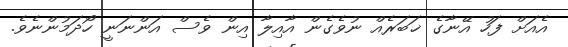
އެއަށް ފަހު އޭނާގެ ޚަބަރެއް ނުވެގެން އާއިލާ އިން ވެސް އަންނަނީ ހޯދަމުންނެވެ.